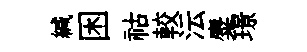
緘困祜較沄麋璟